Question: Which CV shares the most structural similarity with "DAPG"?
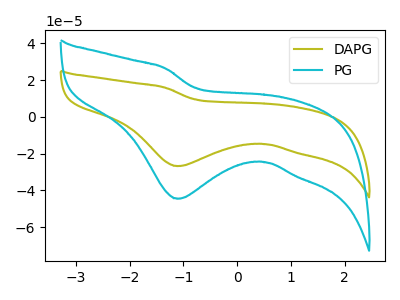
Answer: <think>The olive curve "DAPG" has a cathodic peak at: (-1.10V, -26.75uA). The cyan curve "PG" has a cathodic peak at: (-1.10V, -44.50uA).
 All the peaks in "DAPG" have a peak in "PG" at the same potential. Every peak in "DAPG" is lower than every peak in "PG".</think>
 <answer>The CV with the most similar shape to "PG" is "DAPG".</answer>
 <eval>"DAPG"</eval>